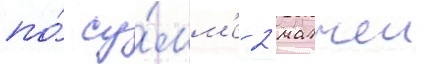
по́ су́мм'е 2 матчеи